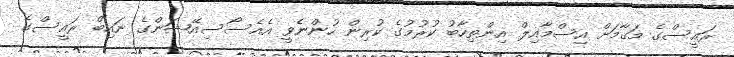
ރައީސްގެ މަގާމަށް އިސްމާއިލް އިންތިހާބު ކުރުމުގެ ކުރިން ހުންނެވީ އެއެސޯސިއޭޝަންގެ ނައިބް ރައީސްގެ